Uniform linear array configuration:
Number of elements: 24
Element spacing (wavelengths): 0.25
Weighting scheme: uniform
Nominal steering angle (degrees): -15
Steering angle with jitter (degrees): -15.117
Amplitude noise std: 0.05
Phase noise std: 0.05

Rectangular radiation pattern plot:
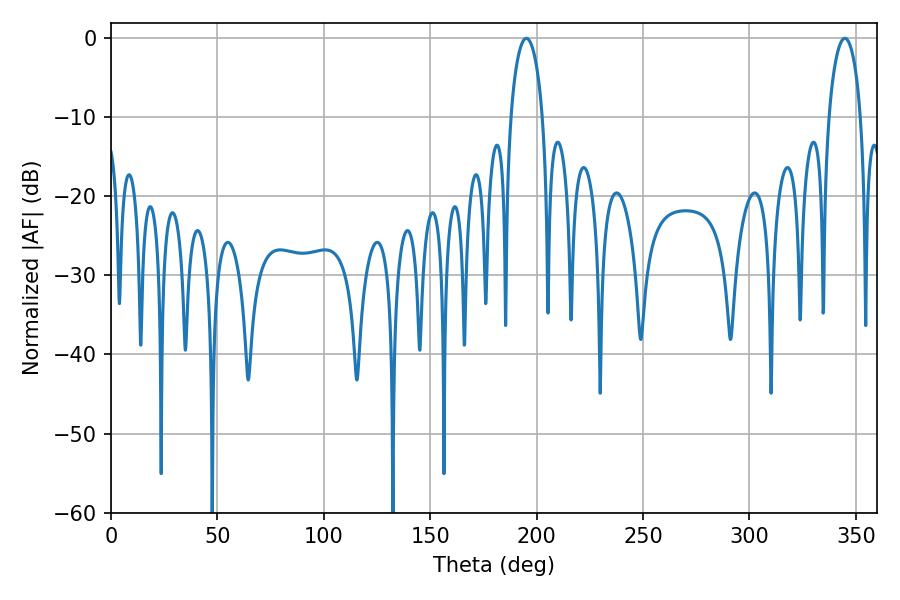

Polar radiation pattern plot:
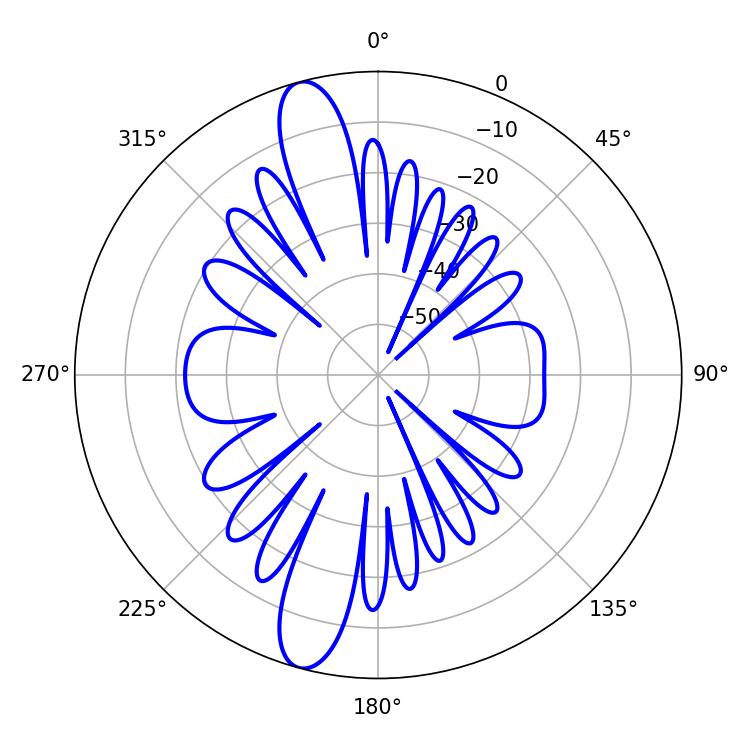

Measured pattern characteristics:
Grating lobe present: FALSE
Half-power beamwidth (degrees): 8.46
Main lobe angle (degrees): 195.12